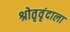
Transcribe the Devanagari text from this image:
श्रोतृवृंदाला